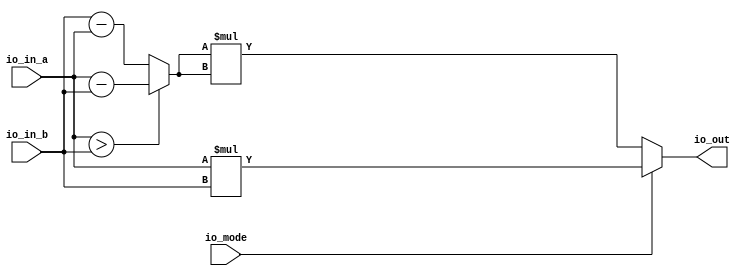
// Generated by CIRCT firtool-1.49.0
module SinglePe(
  input  [31:0] io_in_a,
                io_in_b,
  input         io_mode,
  output [31:0] io_out
);

  wire [31:0] diff = io_in_a > io_in_b ? io_in_a - io_in_b : io_in_b - io_in_a;
  assign io_out = io_mode ? io_in_a * io_in_b : diff * diff;
endmodule

module AddTree(
  input         clock,
                reset,
  input  [31:0] io_input_0_a,
                io_input_0_b,
                io_input_1_a,
                io_input_1_b,
                io_input_2_a,
                io_input_2_b,
                io_input_3_a,
                io_input_3_b,
  input         io_mode,
  output [31:0] io_output
);

  wire [31:0] _pes_3_io_out;
  wire [31:0] _pes_2_io_out;
  wire [31:0] _pes_1_io_out;
  wire [31:0] _pes_0_io_out;
  reg  [31:0] io_output_left_left;
  reg  [31:0] io_output_left_right;
  reg  [31:0] io_output_left;
  reg  [31:0] io_output_right_left;
  reg  [31:0] io_output_right_right;
  reg  [31:0] io_output_right;
  always @(posedge clock) begin
    io_output_left_left <= _pes_0_io_out;
    io_output_left_right <= _pes_1_io_out;
    io_output_left <= io_output_left_left + io_output_left_right;
    io_output_right_left <= _pes_2_io_out;
    io_output_right_right <= _pes_3_io_out;
    io_output_right <= io_output_right_left + io_output_right_right;
  end // always @(posedge)
  SinglePe pes_0 (
    .io_in_a (io_input_0_a),
    .io_in_b (io_input_0_b),
    .io_mode (io_mode),
    .io_out  (_pes_0_io_out)
  );
  SinglePe pes_1 (
    .io_in_a (io_input_1_a),
    .io_in_b (io_input_1_b),
    .io_mode (io_mode),
    .io_out  (_pes_1_io_out)
  );
  SinglePe pes_2 (
    .io_in_a (io_input_2_a),
    .io_in_b (io_input_2_b),
    .io_mode (io_mode),
    .io_out  (_pes_2_io_out)
  );
  SinglePe pes_3 (
    .io_in_a (io_input_3_a),
    .io_in_b (io_input_3_b),
    .io_mode (io_mode),
    .io_out  (_pes_3_io_out)
  );
  assign io_output = io_output_left + io_output_right;
endmodule